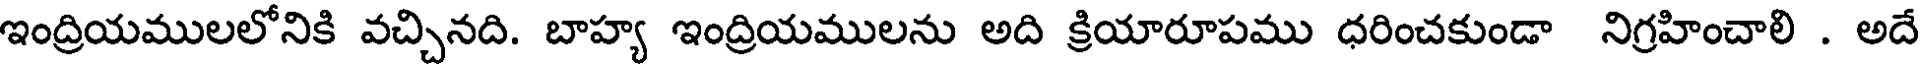
ఇంద్రియములలోనికి వచ్చినది. బాహ్య ఇంద్రియములను అది క్రియారూపము ధరించకుండా నిగ్రహించాలి . అదే